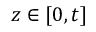
z \in [ 0 , t ]